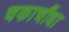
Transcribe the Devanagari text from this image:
चकाचौंधा